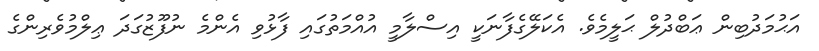
އަޙުމަދުބިން ޢަބްދުލް ޙަލީމެވެ. އެކަލޭގެފާނަކީ އިސްލާމީ އުއްމަތުގައި ފާޅުވި އެންމެ ނުފޫޒުގަދަ ޢިލްމުވެރިންގެ